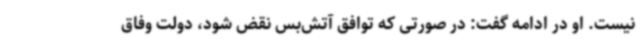
نیست. او در ادامه گفت: در صورتی که توافق آتش‌بس نقض شود، دولت وفاق